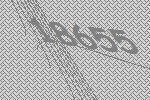
18655